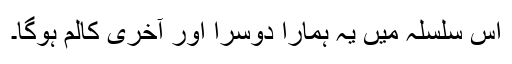
اس سلسلہ میں یہ ہمارا دوسرا اور آخری کالم ہوگا۔